画像に写った文字を読んでください
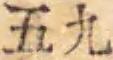
「五九」と書いてあります